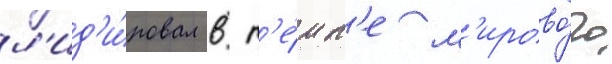
л'ид'и́ровал в т'е́мп'е м'ирово́го